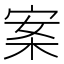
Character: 案